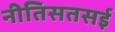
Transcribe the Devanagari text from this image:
नीतिसतसई